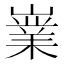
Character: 嶪